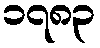
၁၇၈၃